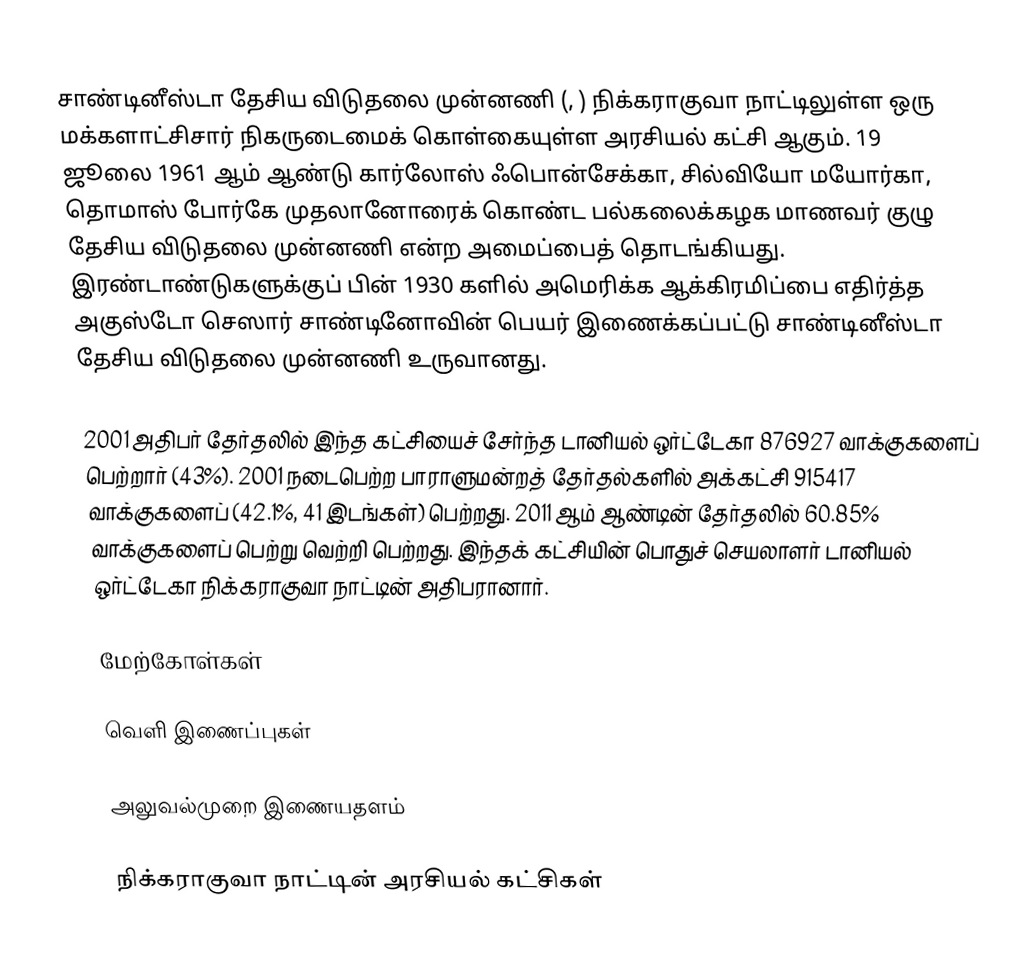
சாண்டினீஸ்டா தேசிய விடுதலை முன்னணி (, ) நிக்கராகுவா நாட்டிலுள்ள ஒரு மக்களாட்சிசார் நிகருடைமைக் கொள்கையுள்ள அரசியல் கட்சி ஆகும். 19 ஜூலை 1961 ஆம் ஆண்டு கார்லோஸ் ஃபொன்சேக்கா, சில்வியோ மயோர்கா, தொமாஸ் போர்கே முதலானோரைக் கொண்ட பல்கலைக்கழக மாணவர் குழு தேசிய விடுதலை முன்னணி என்ற அமைப்பைத் தொடங்கியது. இரண்டாண்டுகளுக்குப் பின் 1930 களில் அமெரிக்க ஆக்கிரமிப்பை எதிர்த்த அகுஸ்டோ செஸார் சாண்டினோவின் பெயர் இணைக்கப்பட்டு சாண்டினீஸ்டா தேசிய விடுதலை முன்னணி உருவானது.

2001 அதிபர் தேர்தலில் இந்த கட்சியைச் சேர்ந்த டானியல் ஒர்ட்டேகா 876927 வாக்குகளைப் பெற்றார் (43%). 2001 நடைபெற்ற பாராளுமன்றத் தேர்தல்களில் அக்கட்சி 915417 வாக்குகளைப் (42.1%, 41 இடங்கள்) பெற்றது. 2011 ஆம் ஆண்டின் தேர்தலில் 60.85% வாக்குகளைப் பெற்று வெற்றி பெற்றது. இந்தக் கட்சியின் பொதுச் செயலாளர் டானியல் ஒர்ட்டேகா நிக்கராகுவா நாட்டின் அதிபரானார்.

மேற்கோள்கள்

வெளி இணைப்புகள்

 அலுவல்முறை இணையதளம்

நிக்கராகுவா நாட்டின் அரசியல் கட்சிகள்